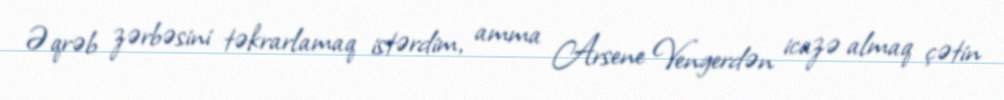
Əqrəb zərbəsini təkrarlamaq istərdim, amma Arsene Vengerdən icazə almaq çətin